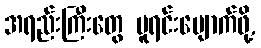
အရည်းကြီးတွေ မူရင်းပျောက်ဖို့,